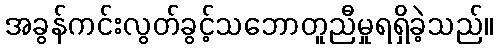
အခွန်ကင်းလွတ်ခွင့်သဘောတူညီမှုရရှိခဲ့သည်။